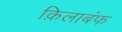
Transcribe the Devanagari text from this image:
क़िलाबंफ